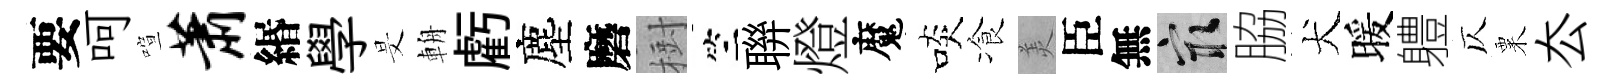
要呵喧萧緡學旻輈虧塵磨𣗳竺聨燈魔啖飡羙臣無冣脇犬暖軆仄粟厺